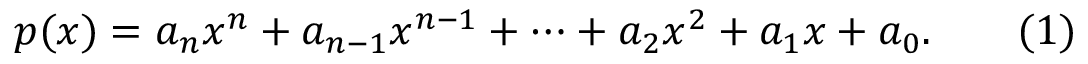
p ( x ) = a _ { n } x ^ { n } + a _ { n - 1 } x ^ { n - 1 } + \cdots + a _ { 2 } x ^ { 2 } + a _ { 1 } x + a _ { 0 } . \qquad ( 1 )